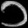
Digit: ၁